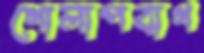
গোলাপবাগ